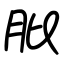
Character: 肶